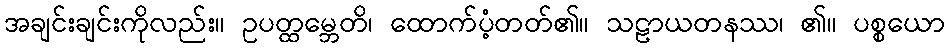
အချင်းချင်းကိုလည်း။ ဥပတ္ထမ္ဘေတိ၊ ထောက်ပံ့တတ်၏။ သဠာယတနဿ၊ ၏။ ပစ္စယော